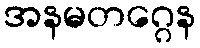
အနမတဂ္ဂေန